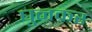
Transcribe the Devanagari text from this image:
घुनकर